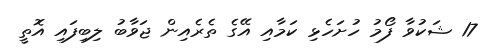
17 ޝަކުވާ ފޯމު ހުށަހެޅި ކަމާއި އޭގެ ތެރެއިން ޖަވާބު ލިބިފައި އޮތީ